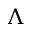
\Lambda